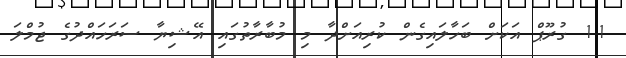
11 ގުރޫޕް އަކަށް ބަހާލައިގެން ކުރިއަށްދާ މި މުބާރާތުގައި އޭޝިޔާ ސަރަހައްދުގެ ޖުމްލަ